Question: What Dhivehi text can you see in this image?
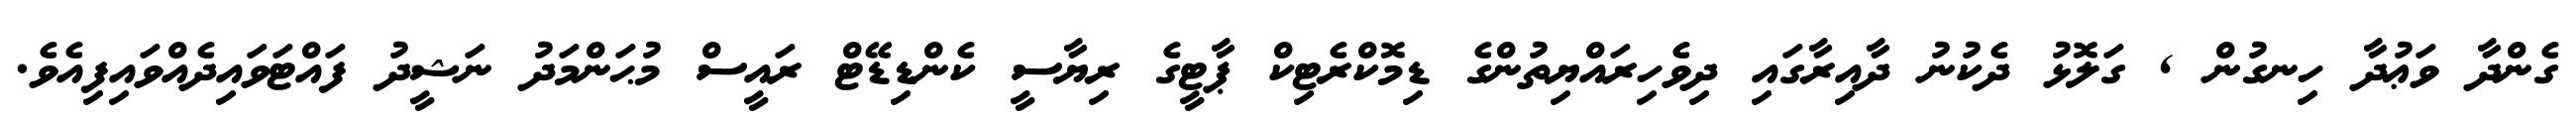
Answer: ގެންދާ ވަޢުދާ ހިނގުން , ގަލޮޅު ދެކުނު ދާއިރާގައި ދިވެހިރައްޔިތުންގެ ޑިމޮކްރެޓިކް ޕާޓީގެ ރިޔާސީ ކެންޑިޑޭޓް ރައީސް މުޙަންމަދު ނަޝީދު ފައްޓަވައިދެއްވައިފިއެވެ.